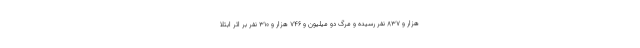
هزار و ۸۳۷ نفر رسیده و مرگ دو میلیون و ۷۴۶ هزار و ۳۱۰ نفر بر اثر ابتلا